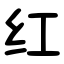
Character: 红